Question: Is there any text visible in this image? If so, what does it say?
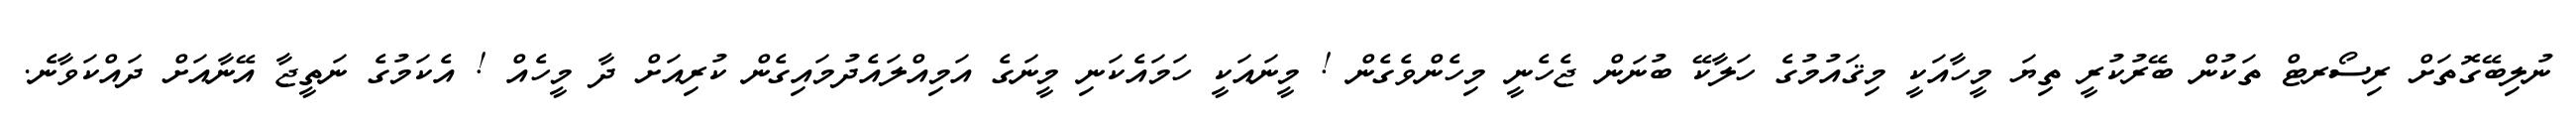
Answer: ނުލިބޭގޮތަށް ރިސޯރޓް ތަކުން ބޭރުކުރީ ތިޔަ މީހާއަކީ މިޤައުމުގެ ހަލާކޭ ބުނަން ޖެހެނީ މިހެންވެގެން ! މީނައަކީ ހަމައެކަނި މީނަގެ އަމިއްލައެދުމައިގެން ކުރިއަށް ދާ މީހެއް ! އެކަމުގެ ނަތީޖާ އޭނާއަށް ދައްކަވާނެ.